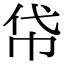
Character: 帒